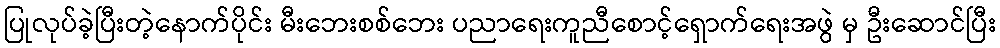
ပြုလုပ်ခဲ့ပြီးတဲ့နောက်ပိုင်း မီးဘေးစစ်ဘေး ပညာရေးကူညီစောင့်ရှောက်ရေးအဖွဲ မှ ဦးဆောင်ပြီး